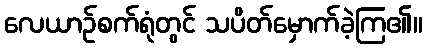
လေယာဉ်စက်ရုံတွင် သပိတ်မှောက်ခဲ့ကြ၏။